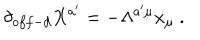
\delta _ { o f f - d } X ^ { a ^ { \prime } } = - \Lambda ^ { a ^ { \prime } \mu } x _ { \mu } \ .